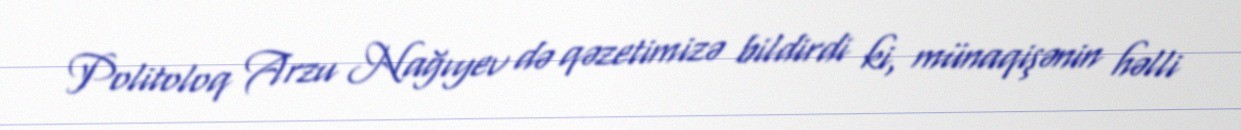
Politoloq Arzu Nağıyev də qəzetimizə bildirdi ki, münaqişənin həlli